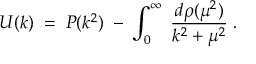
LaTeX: U ( k ) \; = \; P ( k ^ { 2 } ) \; - \; \int _ { 0 } ^ { \infty } \; \frac { d \rho ( \mu ^ { 2 } ) } { k ^ { 2 } + \mu ^ { 2 } } \; .